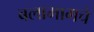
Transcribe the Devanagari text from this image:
बलामागचे